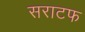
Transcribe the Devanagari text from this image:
सराटफ